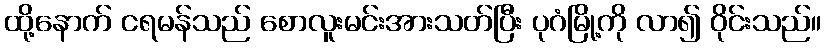
ထို့နောက် ငရမန်သည် စောလူးမင်းအားသတ်ပြီး ပုဂံမြို့ကို လာ၍ ဝိုင်းသည်။